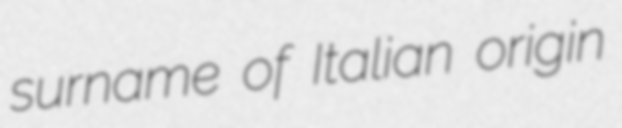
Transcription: surname of Italian origin